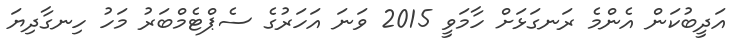
އަދީބުކަން އެންމެ ރަނގަޅަށް ހާމަވީ 2015 ވަނަ އަހަރުގެ ސެޕްޓެމްބަރު މަހު ހިނގާދިޔަ